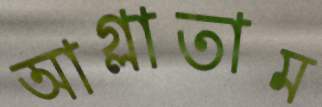
আগ্‌লাতাম